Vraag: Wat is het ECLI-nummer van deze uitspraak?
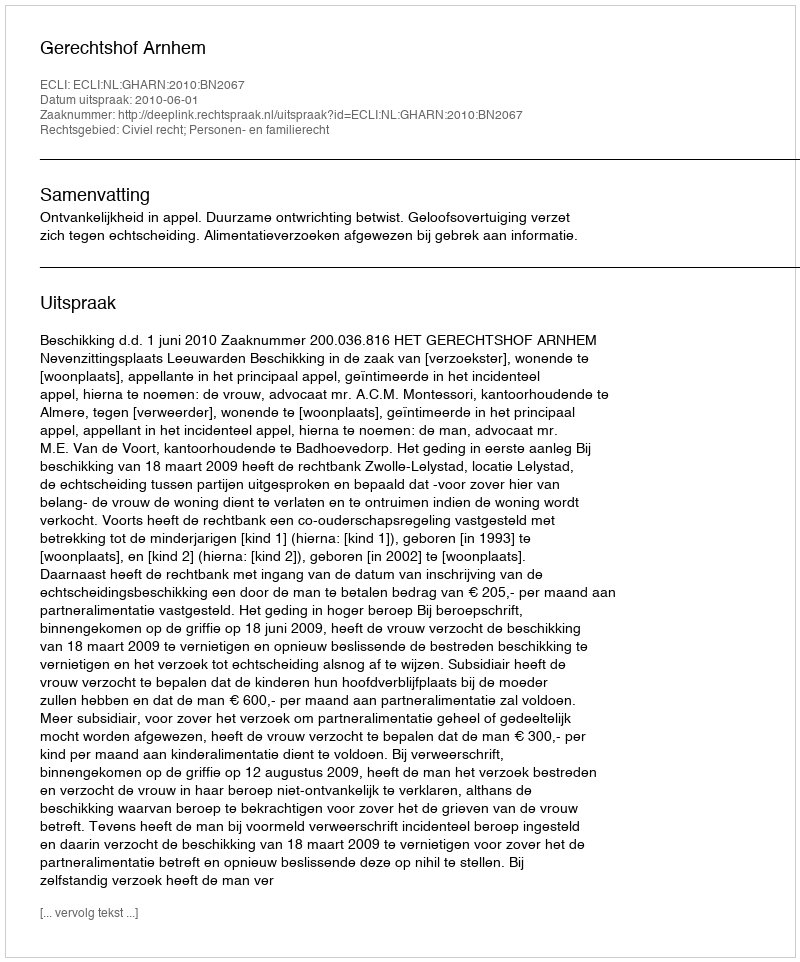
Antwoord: ECLI:NL:GHARN:2010:BN2067